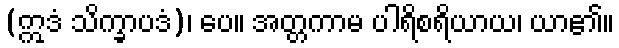
(ဣဒံ သိက္ခာပဒံ)၊ ပေ။ အတ္တကာမ ပါရိစရိယာယ၊ ယာ၏။